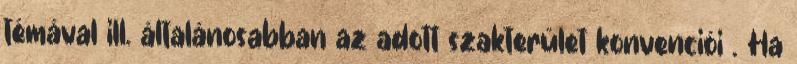
témával ill. általánosabban az adott szakterület konvenciói . Ha